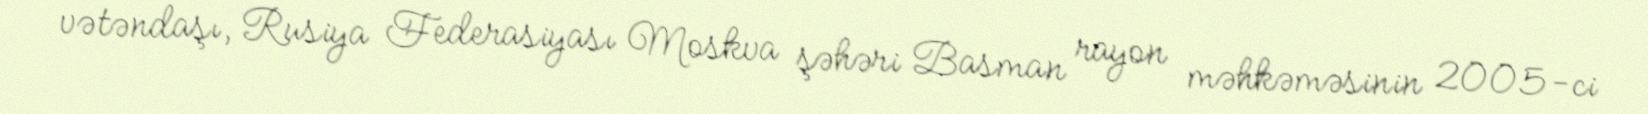
vətəndaşı, Rusiya Federasiyası Moskva şəhəri Basman rayon məhkəməsinin 2005-ci